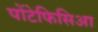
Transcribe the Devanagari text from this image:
पोंटेफिसिआ